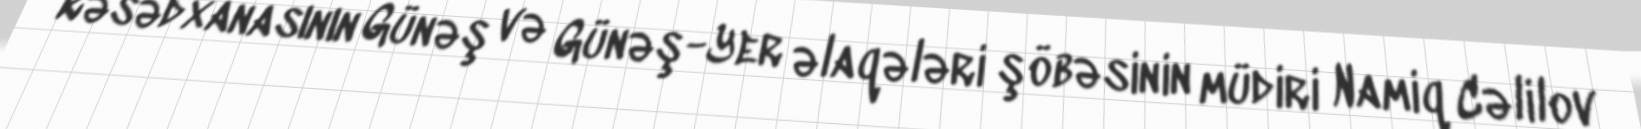
Rəsədxanasının Günəş və Günəş-Yer əlaqələri şöbəsinin müdiri Namiq Cəlilov